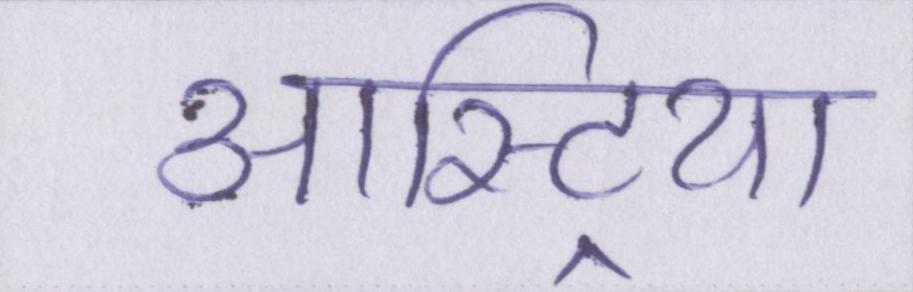
आस्ट्रिया